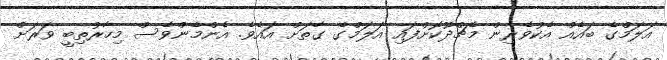
އަލަމްގެ ބައެއް އެކުވެރިން މެޗްދޫކޮށްފައި އަލަމްގެ ގާތަށް އައެވެ. އެންމެންވެސް މިހާރުތިބީ ވަރަށް